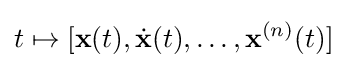
t\mapsto [\mathbf {x} (t),{\dot {\mathbf {x} }}(t),\dots ,\mathbf {x} ^{(n)}(t)]